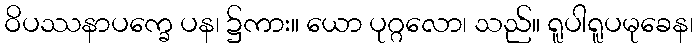
ဝိပဿနာပက္ခေ ပန၊ ၌ကား။ ယော ပုဂ္ဂလော၊ သည်။ ရူပါရူပမုခေန၊